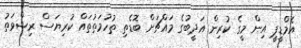
އެމްޑީޕީ އިން މީގެ ކުރިން އަދީބުގެ މައްޗަށް ބޮޑެތި ތުހުމަތުތައް ކުރިޔަސް ރިޝްވަތު